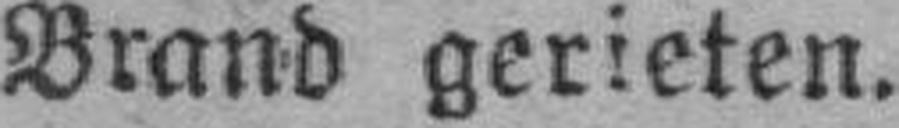
Brand gerieten.